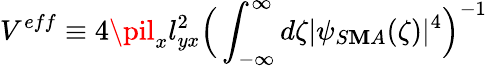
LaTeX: V^{eff}\equiv4\pil_{x}l_{yx}^{2}\Big(\int_{-\infty}^{\infty}d\zeta|\psi_{S\mathbf{M}A}(\zeta)|^{4}\Big)^{-1}